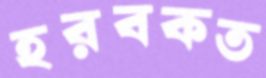
হরবকত